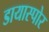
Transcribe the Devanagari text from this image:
डायास्पोर